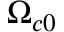
\Omega _ { c 0 }